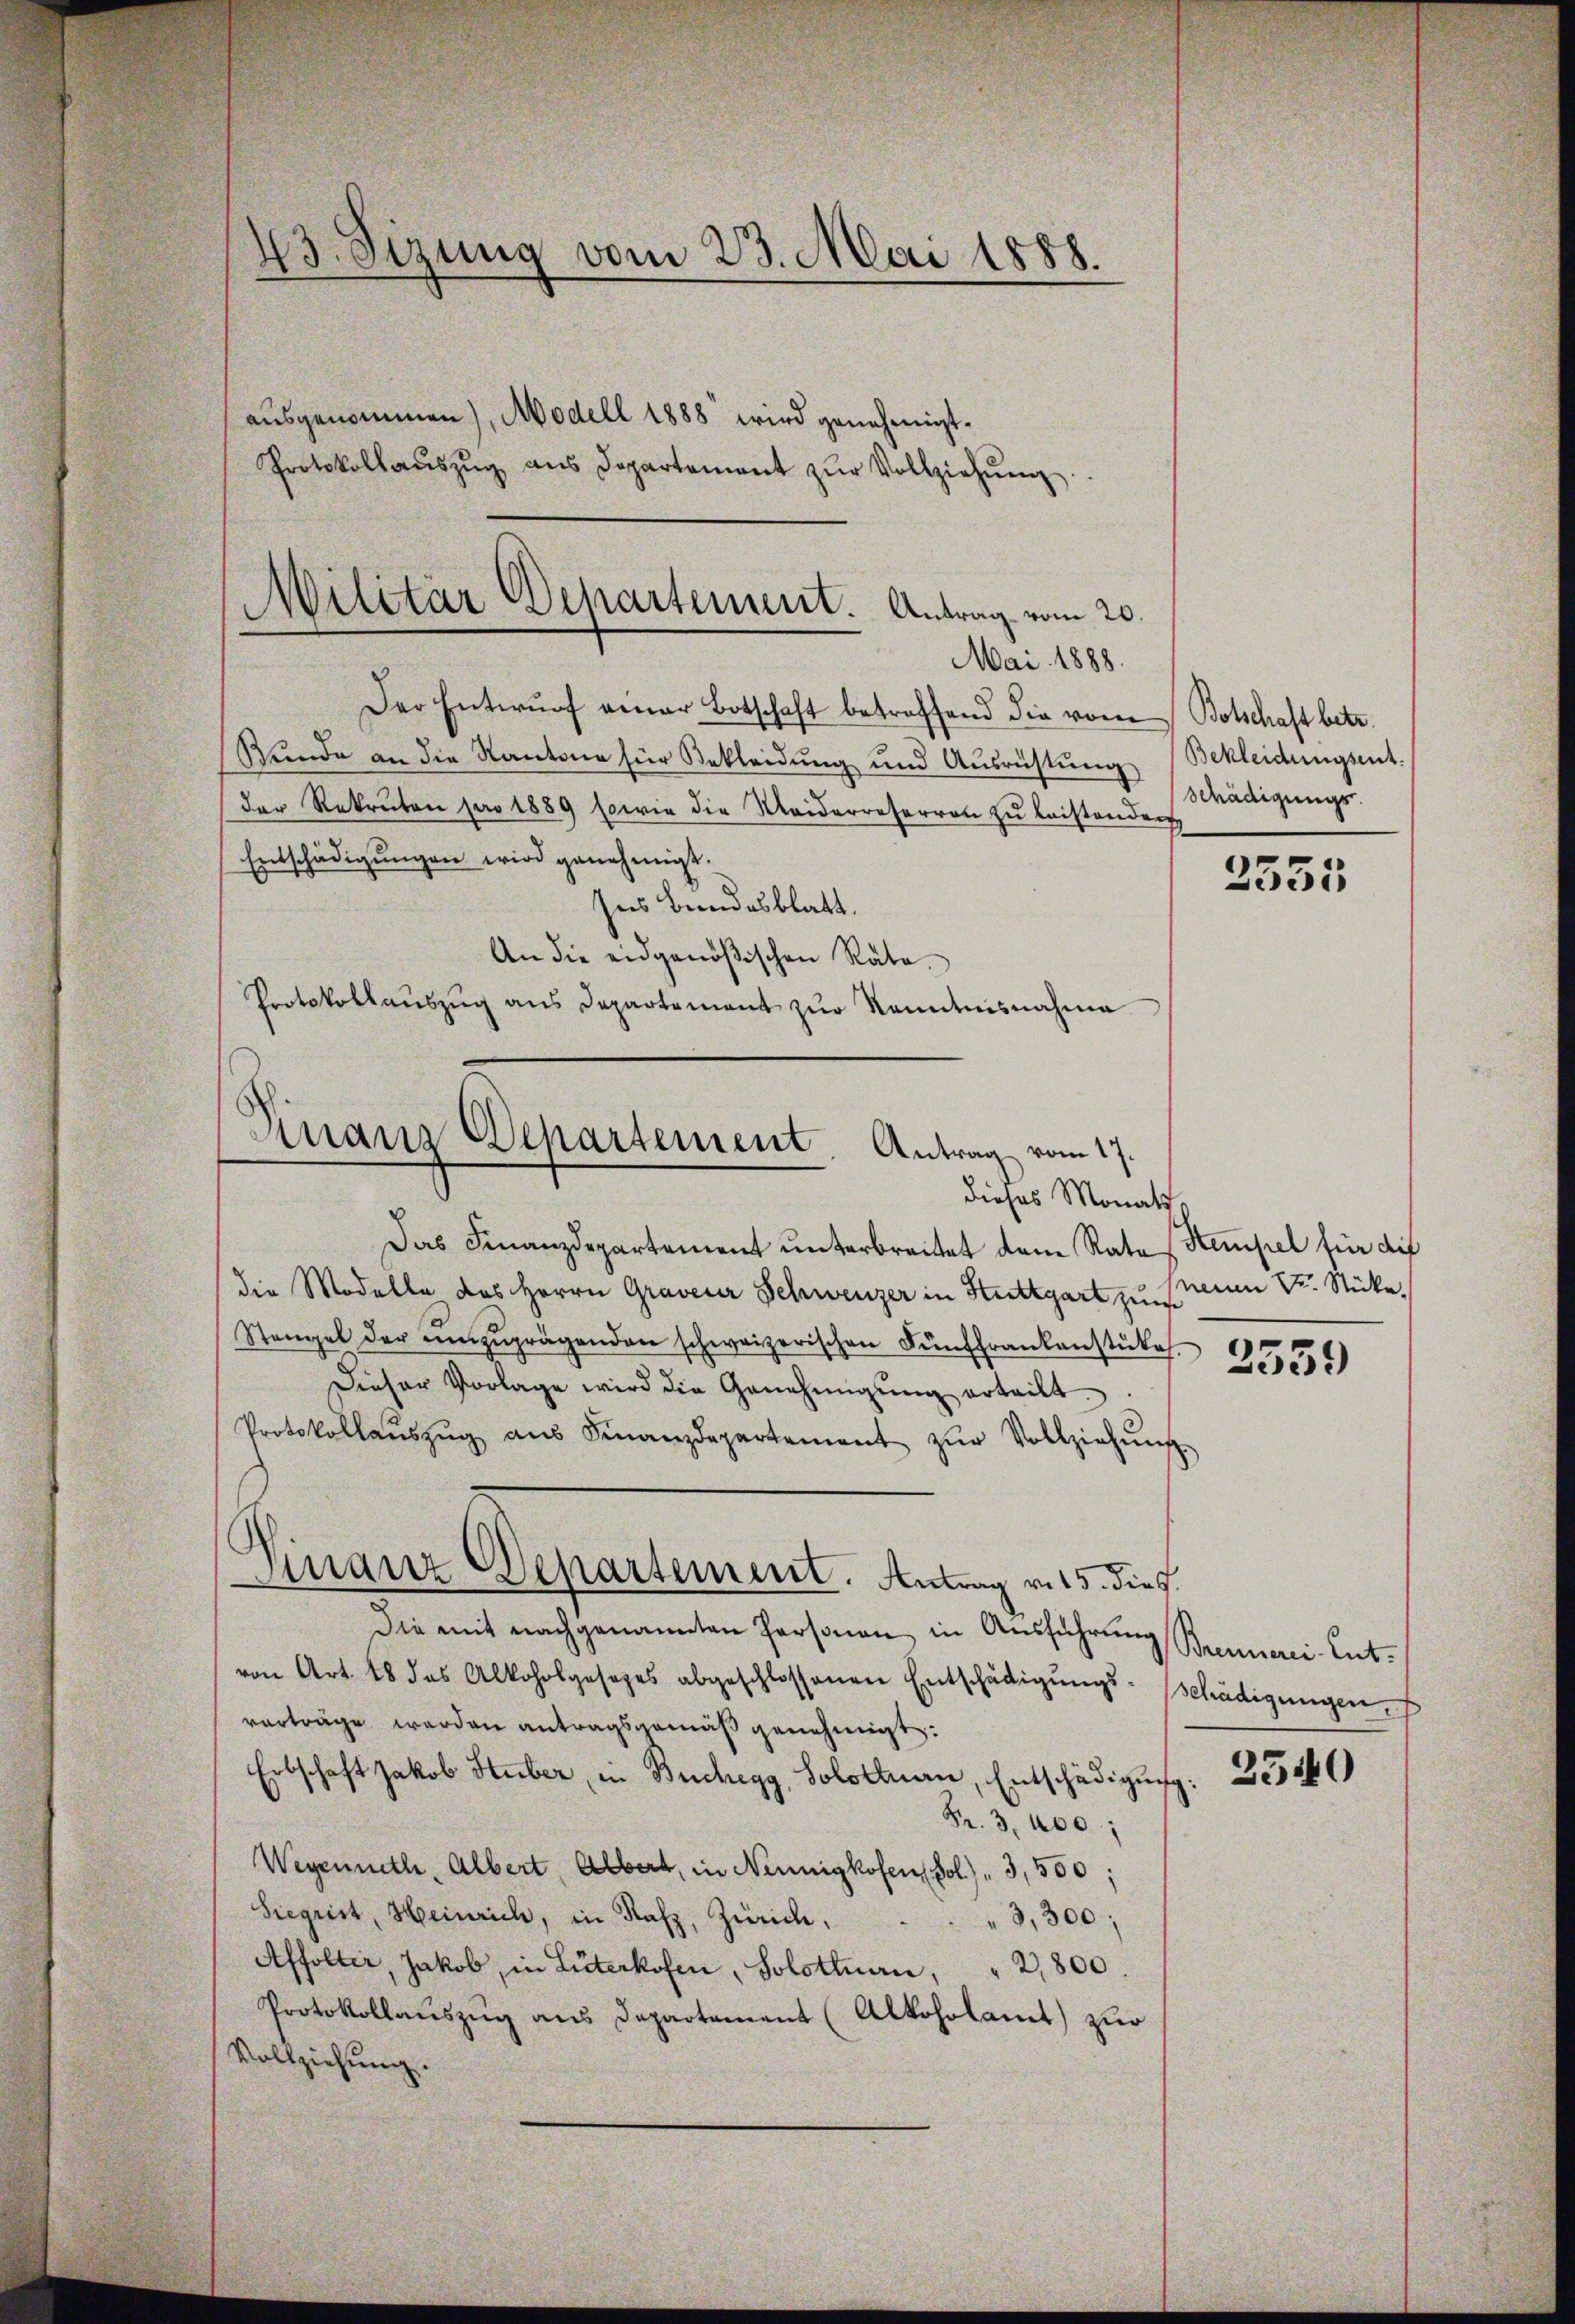
Der Entwŭrf genar Botschaft betreffend die vom Botschaft betr.
Stunde an die Kantone für Bekleidung und Ausrüstung
der Rekruten pro 1889 sowie die Meiderreserren zu leistenden
Entschädigŭngen wird genehmigt.
Ins Bundesblatt.
An die eidgenößischen Rate.
Protokollaŭszŭg ans Departement zŭr Kenntnisnahme

43. Sizung vom 23. Mai 1888.
3.
ausgenommen), Modell 1888 wird genehmigt.
Protokollaŭszŭg aŭs Departement zŭr Vollziehŭng.

Militär Departement. Antrag vom 20.
Mai 1888.

Finanz Departement. Antrag vom 17.
dieses Monath,

Das Finanzdepartement unterbreitet dem Rates Stempel für die
die Modelle des Herrn Graverer Schweizer in Stuttgart zu seien Dr. Stücke
Stangel der ŭmzŭprägenden schweizerischen Fünffrankenstücke
Dieser Vorlage wird die Genehmigŭng erteilt.
Protokollaŭszŭg aŭs Finanzdepartement zŭr Vollziehŭng
Die mit nachgenannten Personen in Ausführung Brennerei- Entvon Art. 28 das Alkoholgesezes abgeschlossenen Entschädigŭngs-Schädigungen.
vorträge werden antragsgemäß genehmigt.
Erbschaft Jakob Stuber, in Buchegg, Solothurn, Entschädigung:
Fr. 3, 400;
Wegenneth, Albert, Albert, in Nennigkofen Fol.) " 3,500;
Siegrist, Heinrich, in Rafz, Zürich,
3,300;
Affolter, Jakob, in Lüterkofen, Solothurn, " 2,800.
Protokollauszug aus Departement (Alkoholamt zur
Vollziehung.

Finanz Departement. Antrag v. 15. dies

Bekleidungsent.
Schädigungs

3535

2559

2540